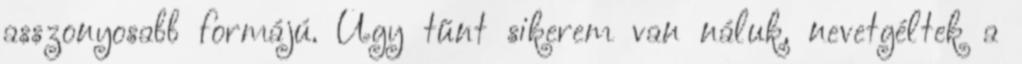
asszonyosabb formájú. Úgy tűnt sikerem van náluk, nevetgéltek a